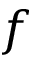
f